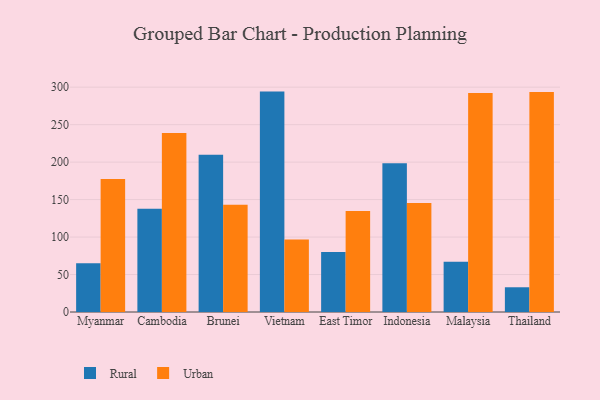
{"axis": {"x": "Country", "y": "Revenue (USD Million)"}, "legend": ["Rural", "Urban"], "data": [{"x": "Myanmar", "y": 64.9, "type": "Rural"}, {"x": "Myanmar", "y": 177.5, "type": "Urban"}, {"x": "Cambodia", "y": 137.8, "type": "Rural"}, {"x": "Cambodia", "y": 238.7, "type": "Urban"}, {"x": "Brunei", "y": 209.8, "type": "Rural"}, {"x": "Brunei", "y": 143.2, "type": "Urban"}, {"x": "Vietnam", "y": 294.1, "type": "Rural"}, {"x": "Vietnam", "y": 96.7, "type": "Urban"}, {"x": "East Timor", "y": 80.2, "type": "Rural"}, {"x": "East Timor", "y": 134.8, "type": "Urban"}, {"x": "Indonesia", "y": 198.6, "type": "Rural"}, {"x": "Indonesia", "y": 145.6, "type": "Urban"}, {"x": "Malaysia", "y": 67.0, "type": "Rural"}, {"x": "Malaysia", "y": 292.2, "type": "Urban"}, {"x": "Thailand", "y": 33.0, "type": "Rural"}, {"x": "Thailand", "y": 293.4, "type": "Urban"}]}